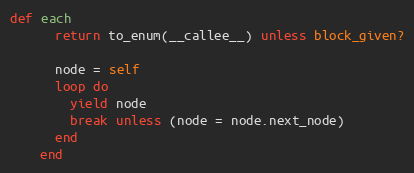
Language: Ruby
def each
      return to_enum(__callee__) unless block_given?

      node = self
      loop do
        yield node
        break unless (node = node.next_node)
      end
    end